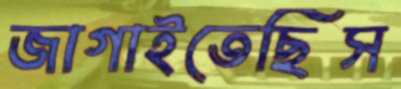
জাগাইতেছিস